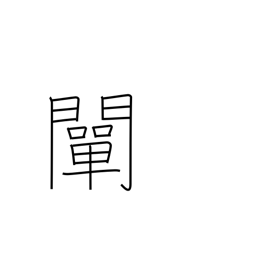
Meaning: clarify